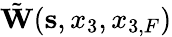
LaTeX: \tilde{\mathbf W}({\mathbf s},x_{3},x_{3,F})